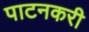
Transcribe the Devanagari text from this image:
पाटनकरी